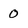
Character: 0